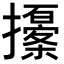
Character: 𢸹